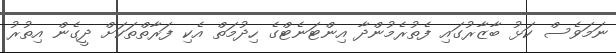
ނަމަވެސް ކަޅު ބާޒާރުގައި ފެތުރެމުންދާ އިންޓަނެޓްގެ ހިދުމަތް އެކި ފަރާތްތަކަށް ދީގެން އިތުރު